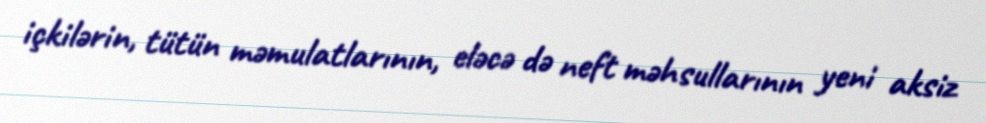
içkilərin, tütün məmulatlarının, eləcə də neft məhsullarının yeni aksiz